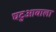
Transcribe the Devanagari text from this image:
घटुआवाला